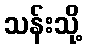
သန်းသို့